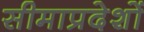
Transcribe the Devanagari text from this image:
सीमाप्रदेशों